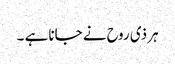
ہر ذی روح نے جانا ہے ۔